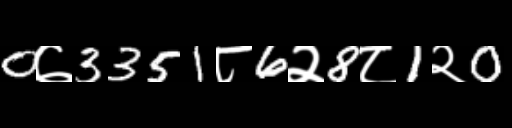
Text: 0७3351८6२8८1२0